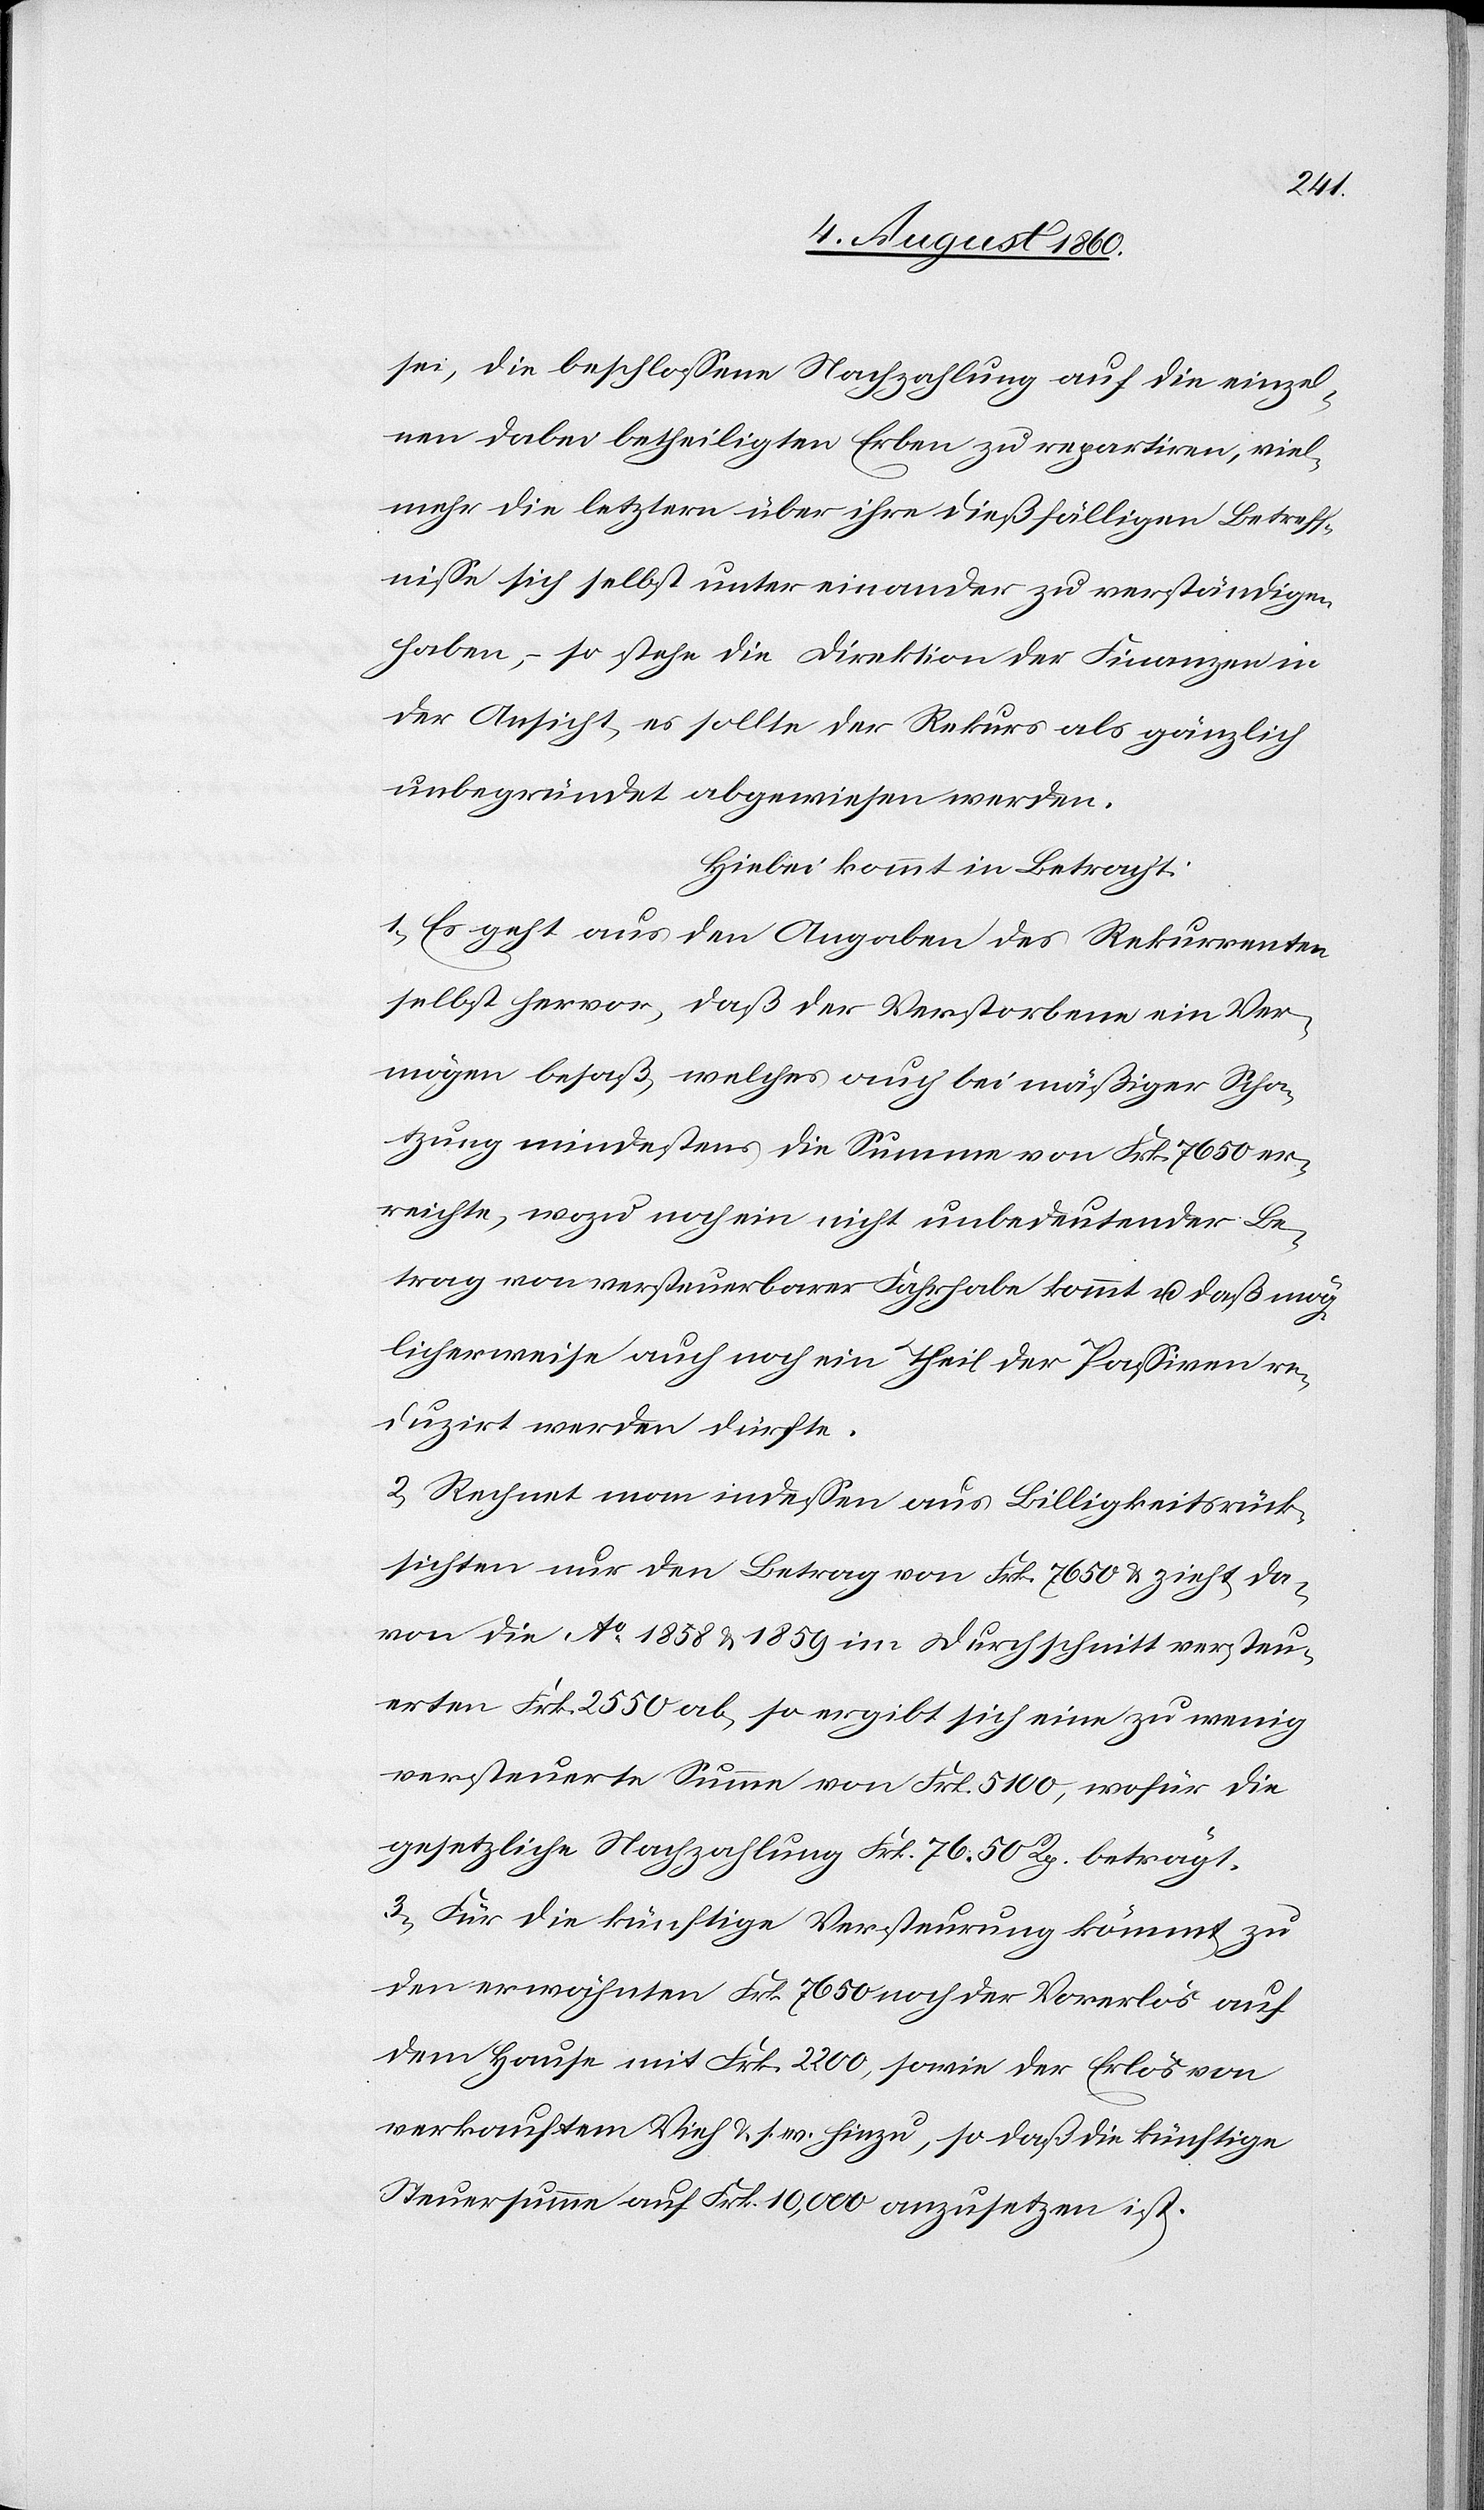
sei, die beschlossene Nachzahlung auf die einzel¬
nen dabei betheiligten Erben zu repartiren, viel¬
mehr die Letzter über ihre diesfälligen Betreff¬
nisse sich selbst unter einander zu verständigen
haben, so stehe die Direktion der Finanzen in
der Ansicht, es sollte der Rekurs als gänzlich
unbegründet abgewiesen werden.
Hiebei kommt in Betracht:
1) Es geht aus den Angaben des Rekurrenten
selbst hervor, dass der Verstorbene ein Ver¬
mögen besass, welches auch bei mässiger Scha¬
tzung mindestens die Summe von fcs. 7650 er¬
reichte, wozu noch ein nicht unbedeutender Be¬
trag von versteuerbarer Fahrhabe kommt und dass mög¬
licherweise auch noch ein Theil der Passiven re¬
duzirt werden dürfte.
2) Rechnet man indessen aus Billigkeitsrück¬
sichtigen nur den Betrag von fs. 7650 und zieht da¬
von die Ao 1858 u. 1859 im Durchschnitt versteu¬
erten fcs. 2550 ab, so ergibt sich eine zu wenig
versteuerte Summe von fcs. 5100, wofür die
gesetzliche Nachzahlung fcs. 76. 50C beträgt.
3) Für die künftige Versteurung kömmt zu
den erwähnten fcs. 7650 noch der Vorerlös auf
dem Hause mit fcs. 2200, sowie der Erlös von
verkauftem Vieh u. s. w. hiezu, so dass die künftige
Steuersumme auf fcs. 10 000 anzusetzen ist.